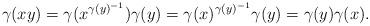
LaTeX: \begin{align*} \gamma(x y) = \gamma(x^{\gamma(y)^{-1}}) \gamma(y) = \gamma(x)^{\gamma(y)^{-1}} \gamma(y) = \gamma(y) \gamma(x). \end{align*}